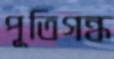
পূতিগন্ধ